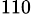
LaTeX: ^{110}